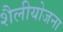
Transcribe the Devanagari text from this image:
शैलीयोजना